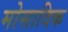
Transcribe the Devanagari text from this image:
मोसादिक